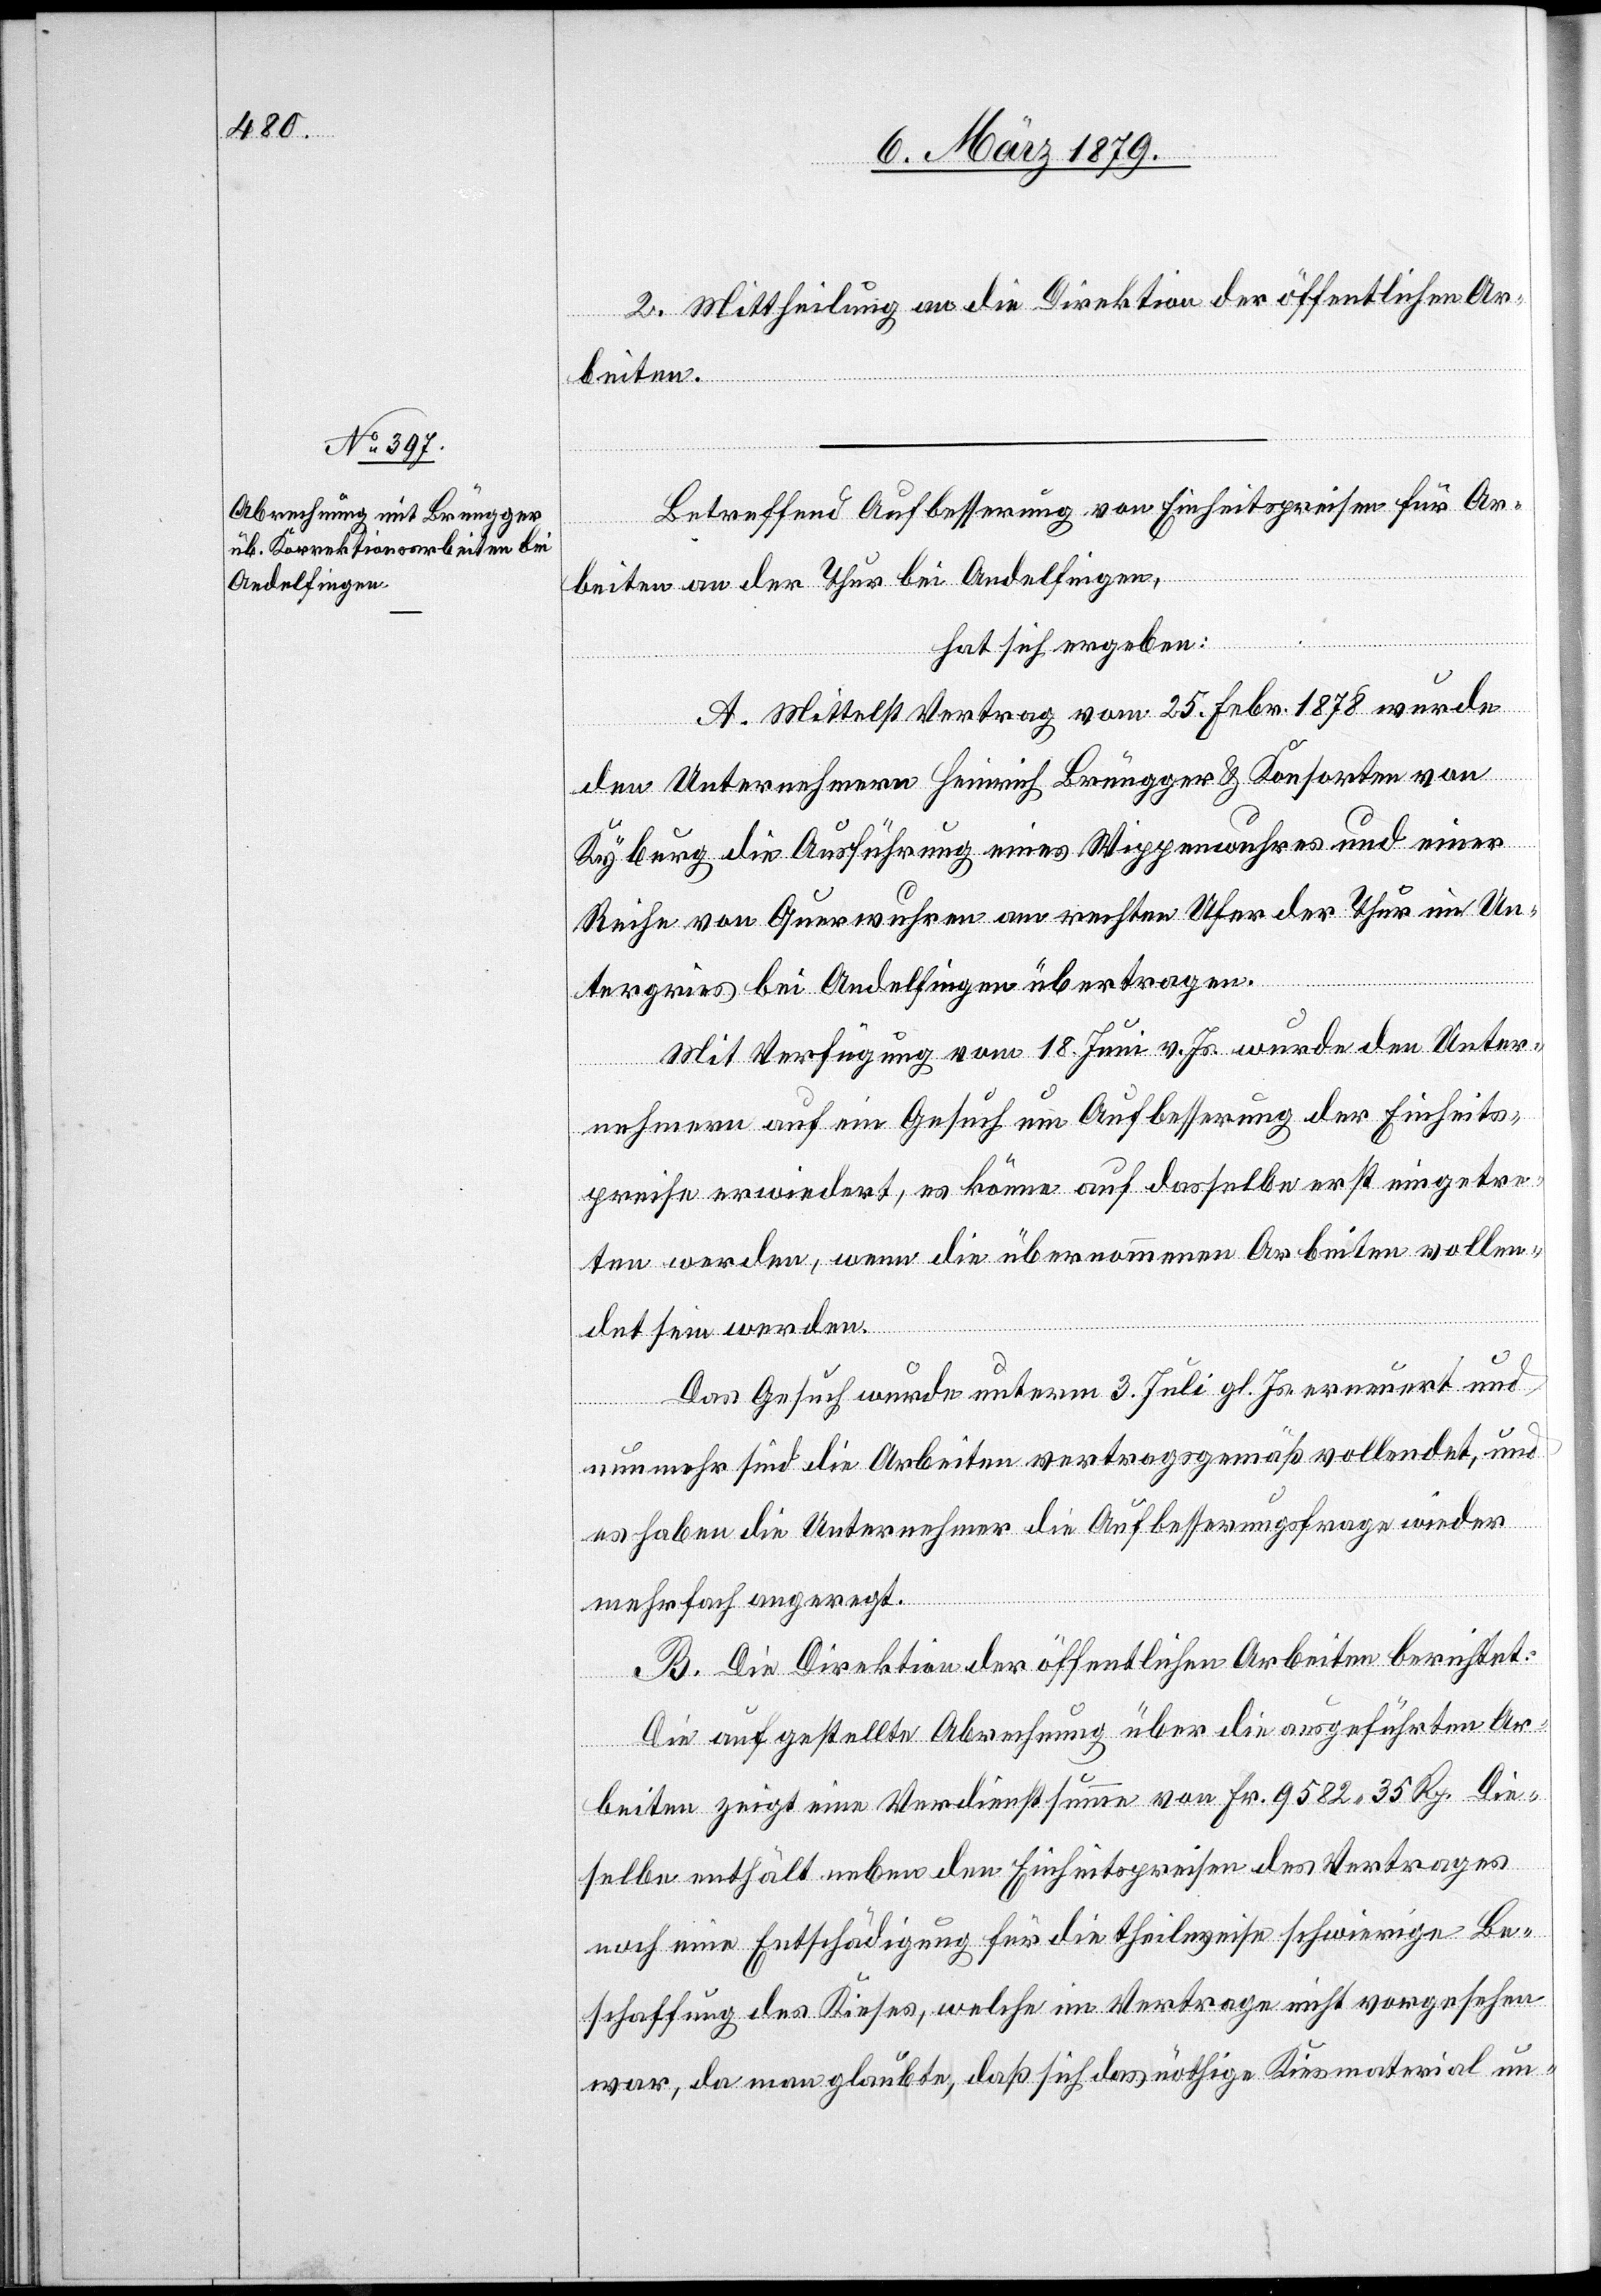
2. Mittheilung an die Direktion der öffentlichen Ar¬
beiten.
Betreffend Aufbesserung von Einheitspreisen für Ar¬
beiten an der Thur bei Andelfingen,
hat sich ergeben:
A. Mittelst Vertrag vom 25. Febr. 1878 wurde
den Unternehmern Heinrich Brüngger & Konsorten von
Kyburg die Ausführung eines Wippenwuhres und einer
Reihe von Querwuhren am rechten Ufer der Thur im Un¬
tergries bei Andelfingen übertragen.
Mit Verfügung vom 18. Juni v. Js. wurde den Unter¬
nehmern auf ein Gesuch um Aufbesserung der Einheits¬
preise erwiedert, es könne auf dasselbe erst eingetre¬
ten werden, wenn die übernommenen Arbeiten vollen¬
det sein werden.
Das Gesuch wurde unterm 3. Juli gl. Js. erneuert und
nunmehr sind die Arbeiten vertragsgemäß vollendet, und
es haben die Unternehmer die Aufbesserungsfrage wieder
mehrfach angeregt.
B. Die Direktion der öffentlichen Arbeiten berichtet:
Die aufgestellte Abrechnung über die ausgeführten Ar¬
beiten zeigt eine Verdienstsumme von Fr. 9582 35 Rp. Die¬
selbe enthält neben den Einheitspreisen des Vertrages
noch eine Entschädigung für die theilweise schwierige Be¬
schaffung des Kieses, welche im Vertrage nicht vorgesehen
war, da man glaubte, daß sich das nöthige Kiesmaterial un-